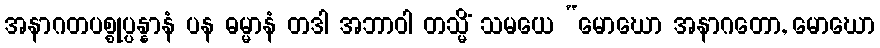
အနာဂတပစ္စုပ္ပန္နာနံ ပန ဓမ္မာနံ တဒါ အဘာဝါ တသ္မိံ သမယေ “မောဃော အနာဂတော, မောဃော